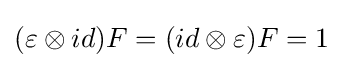
(\varepsilon \otimes id)F=(id\otimes \varepsilon )F=1